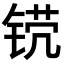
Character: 𬭒